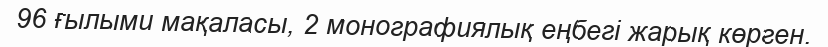
96 ғылыми мақаласы, 2 монографиялық еңбегі жарық көрген.